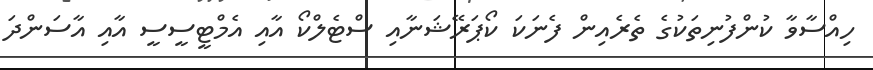
ހިއްސާވާ ކުންފުނިތަކުގެ ތެރެއިން ފެނަކަ ކޯޕަރޭޝަނާއި ސްޓެލްކޯ އާއި އެމްޓީސީސީ އާއި އާސަންދަ